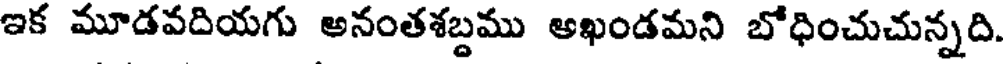
ఇక మూడవదియగు అనంతశబ్దము అఖండమని బోధించుచున్నది.